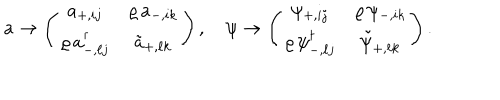
LaTeX: a \rightarrow \left( \begin{matrix} { { a _ { + , i j } } } & { { \varrho \, a _ { - , i k } } } \\ { { \varrho \, a _ { - , \ell j } ^ { \dagger } } } & { { \tilde { a } _ { + , \ell k } } } \\ \end{matrix} \right) , \quad \psi \rightarrow \left( \begin{matrix} { { \psi _ { + , i j } } } & { { \varrho \, \psi _ { - , i k } } } \\ { { \varrho \, \psi _ { - , \ell j } ^ { \dagger } } } & { { \tilde { \psi } _ { + , \ell k } } } \\ \end{matrix} \right) .